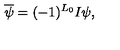
\overline { \psi } = ( - 1 ) ^ { L _ { 0 } } I \psi ,